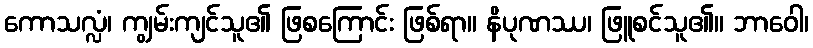
ကောသလ္လံ၊ ကျွမ်းကျင်သူ၏ ဖြစကြောင်း ဖြစ်ရာ။ နိပုဏဿ၊ ဖြူစင်သူ၏။ ဘာဝေါ၊